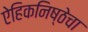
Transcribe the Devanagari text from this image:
ऐहिकनिष्ठेचा